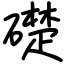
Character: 礎